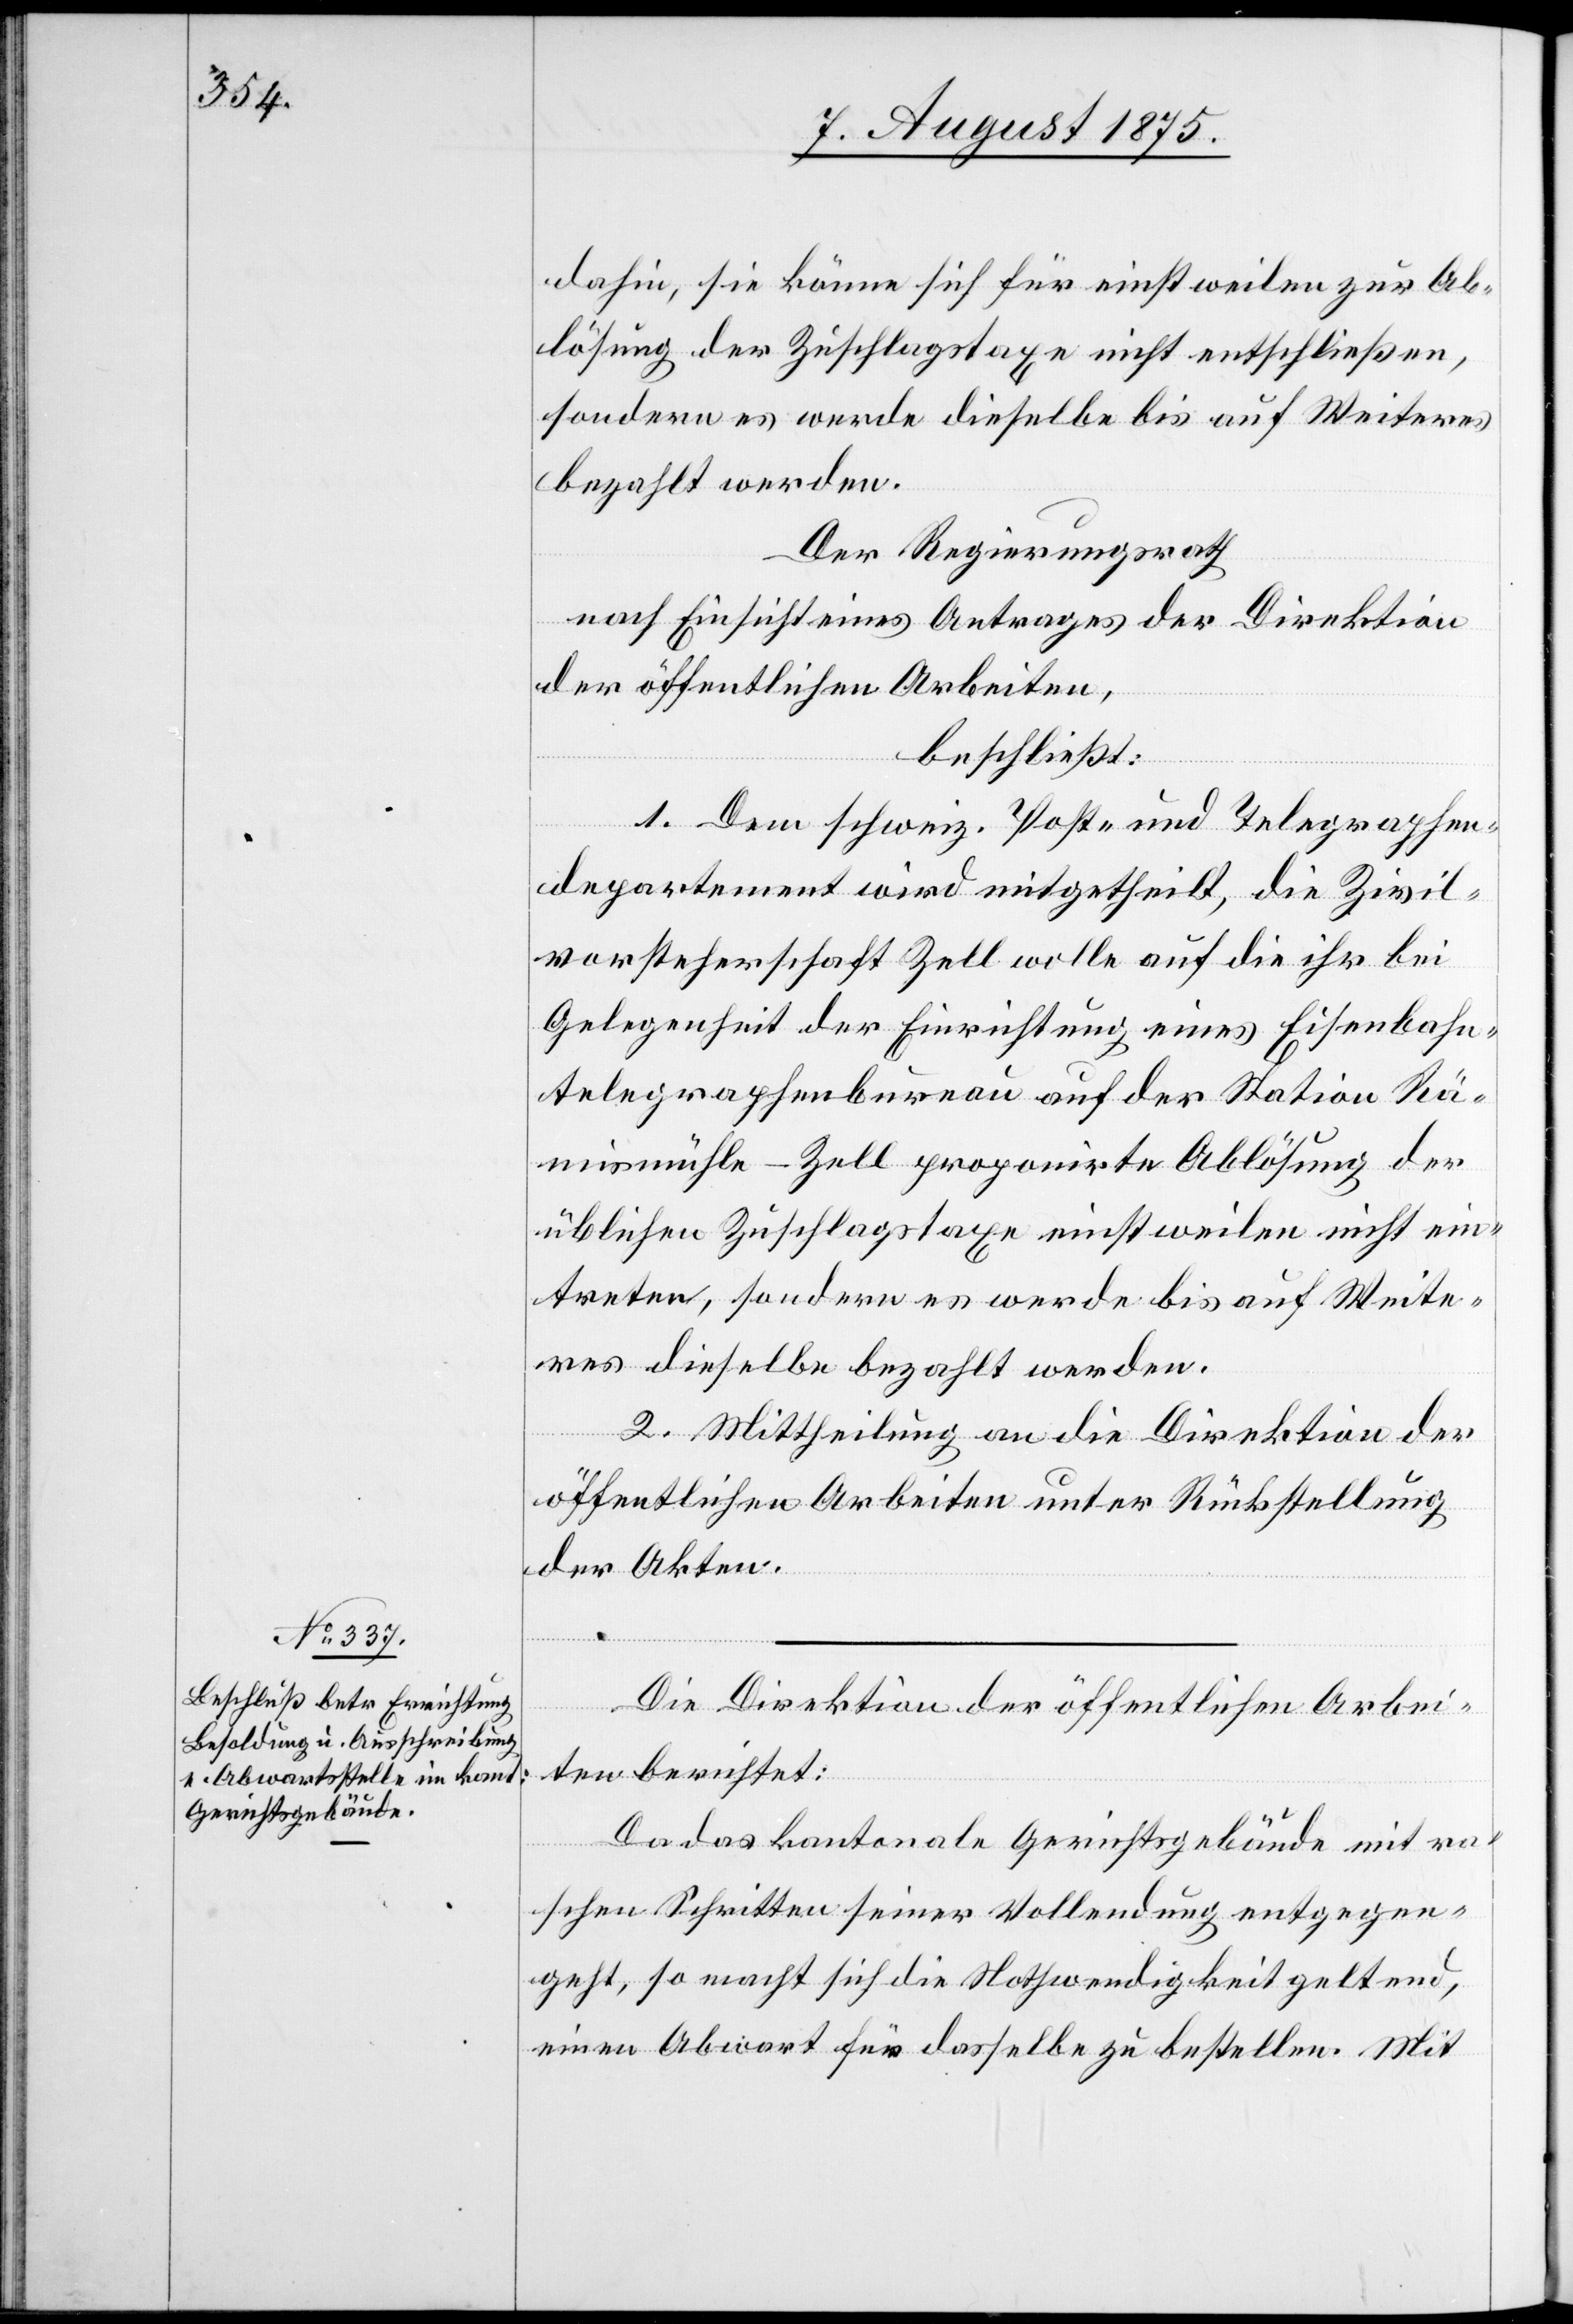
dahin, sie könne sich für einstweilen zur Ab¬
lösung der Zuschlagstaxe nicht entschließen,
sondern werde dieselbe bis auf Weiteres
bezahlt werden.
Der Regierungsrath
nach Einsicht eines Antrages der Direktion
der öffentlichen Arbeiten,
beschließt:
1. Dem schweiz. Post- und Telegraphen¬
departement wird mitgetheilt, die Zivil¬
vorsteherschaft Zell wolle auf die ihr bei
Gelegenheit der Einrichtung eines Eisenbahn¬
telegraphenbureau auf der Station Rä¬
mismühle-Zell proponirte Ablösung der
üblichen Zuschlagstaxe einstweilen nicht ein¬
treten, sondern es werde bis auf Weite¬
res dieselbe bezahlt werden.
2. Mittheilung an die Direktion der
öffentlichen Arbeiten unter Rücksendung
der Akten.
Die Direktion der öffentlichen Arbei¬
ten berichtet:
Da das kantonale Gerichtsgebäude mit ra¬
schen Schritten seiner Vollendung entgegen¬
geht, so macht sich die Nothwendigkeit geltend,
einen Abwart für dasselbe zu bestellen. Mit